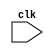
module behavioral_block (
    input  wire clk,
    // other input/output ports here
);

always @(posedge clk or negedge clk) begin
    // block functionality here
end

endmodule